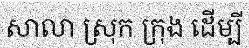
សាលា ស្រុក ក្រុង ដើម្បី